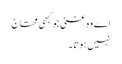
اے وہ غنی جو کبھی محتاج
نہیں ہوتا ۔